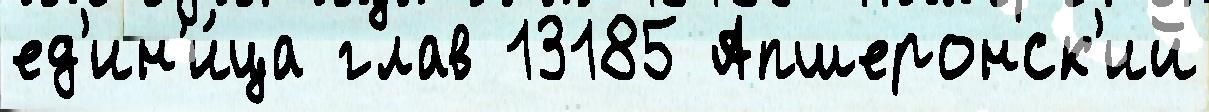
ед'ин'и́ца глав 13185 Апшеронск'ий